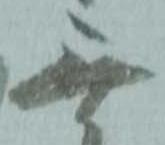
無